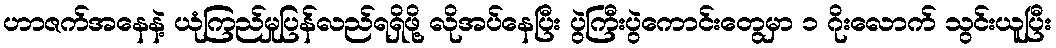
ဟာဇက်အနေနဲ့ ယုံကြည်မှုပြန်လည်ရရှိဖို့ လိုအပ်နေပြီး ပွဲကြီးပွဲကောင်းတွေမှာ ၁ ဂိုးလောက် သွင်းယူပြီး